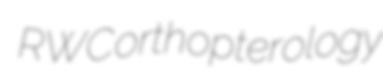
RWC orthopterology